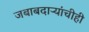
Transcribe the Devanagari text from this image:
जबाबदाऱ्यांचीही